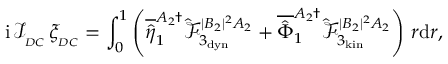
\mathrm { i } \, \mathcal { I } _ { _ { D C } } \, \xi _ { _ { D C } } = \int _ { 0 } ^ { 1 } \left( \overline { { \hat { \eta } } } _ { 1 } ^ { A _ { 2 } \dagger } \hat { \mathcal { F } } _ { 3 _ { \mathrm { d y n } } } ^ { | B _ { 2 } | ^ { 2 } A _ { 2 } } + \overline { { \hat { \Phi } } } _ { 1 } ^ { A _ { 2 } \dagger } \hat { \mathcal { F } } _ { 3 _ { \mathrm { k i n } } } ^ { | B _ { 2 } | ^ { 2 } A _ { 2 } } \right) \, r \mathrm { d } r ,